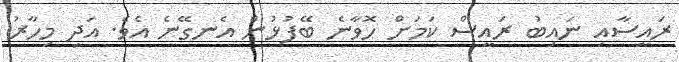
ރައީސާއި ނައިބު ރައީސް ކަމަށް ހޮވާނެ ބޭފުޅުން އެނގޭނެ އެވެ. އަދި މިހާރު